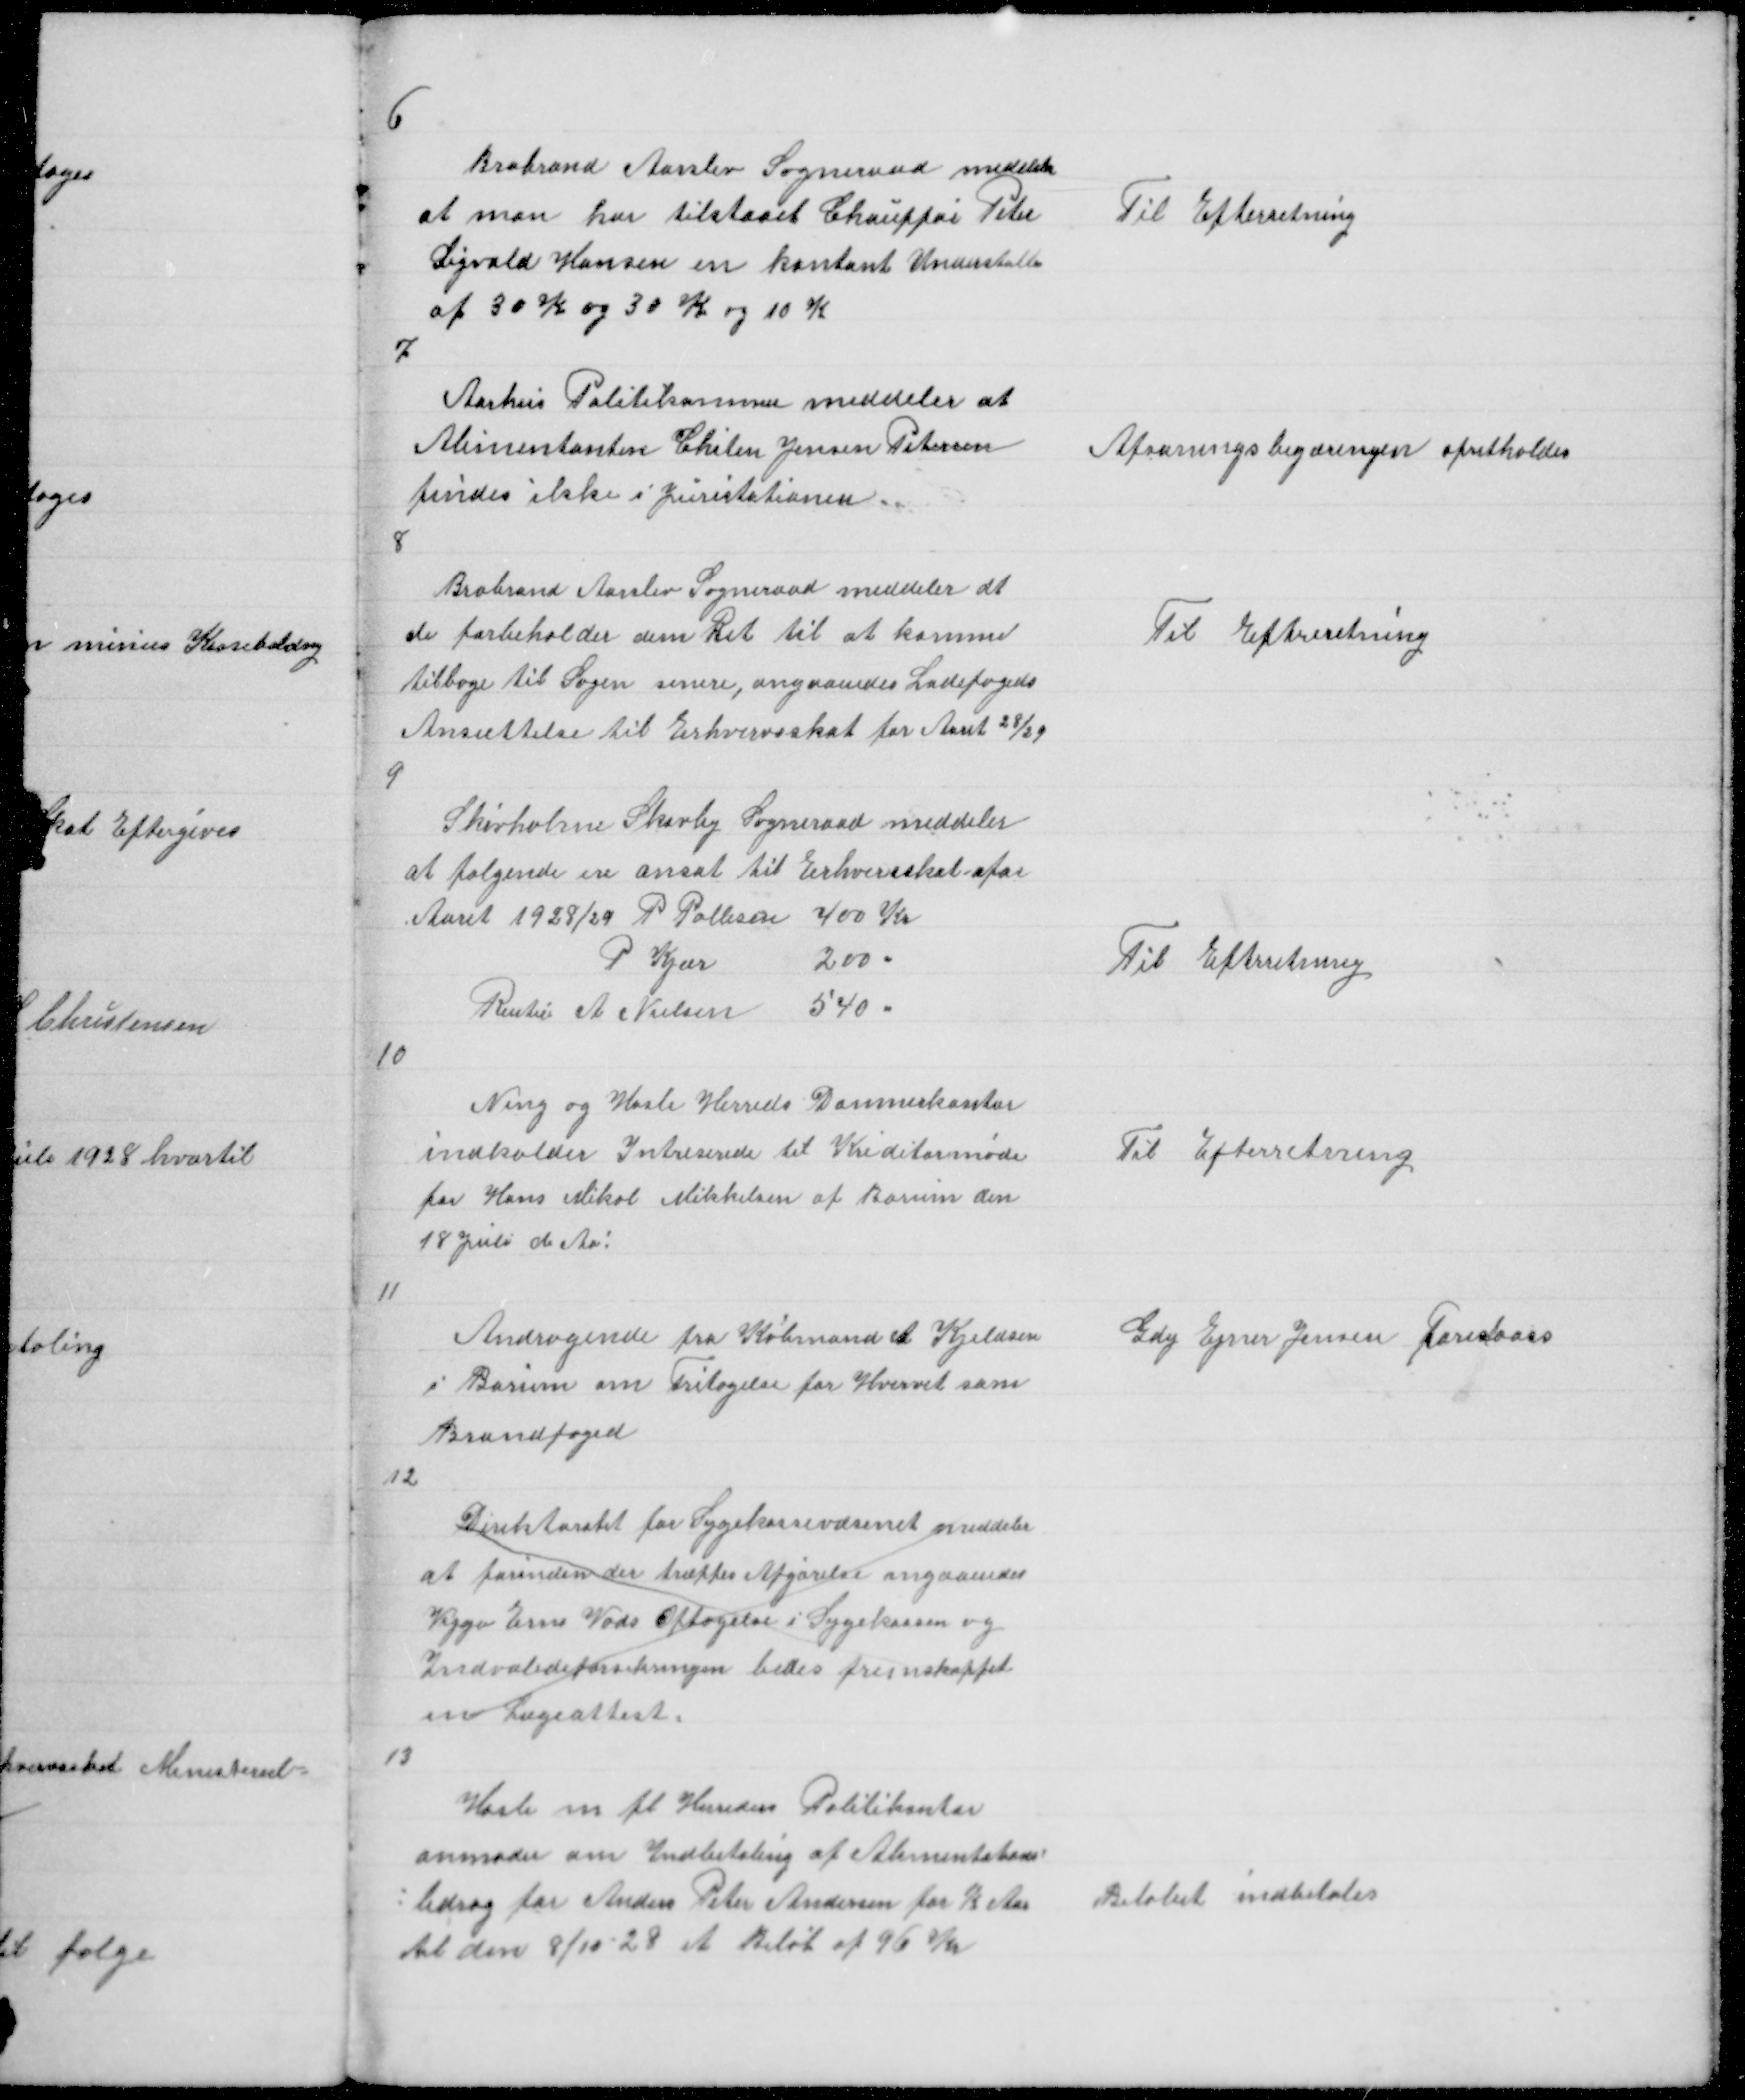
Transskription:
6

Brabrand Aarslev Sogneraad medeler
at man har tilstaaet Chauffør Peter
Sigvald Hansen en kontant Understøtte
af 30 K og 30 K og 10 K

Til Efterretning

7

Aarhus Politikammer meddeler at
Alimentanten Chiten Jensen Petersen
findes ikke i Juristationen.

Afsoningsbegæringen opretholdes

8

Brabrand Aarslev Sogneraad meddeler at
de forbeholder dem Ret til at komme
tilbage til Sagen senere, angaaendes Ladefogeds
Ansættelse til Erhvervsskat for Aaret 28/29

Til Efterretning

9

Skivholme Skovby Sogneraad meddeler
at følgende er ansat til Erhvervsskat for
Aaret 1928/29 P Pallesen 400 Kr
P Kjær
200 "
Rentie A Nielsen 540 "

Til Efterretning

10

Ning og Hasle Herreds Dommerkontor
indkalder Intreserede til Kreditormøde
for Hans Mikal Mikkelsen af Borum den
18 Juli d Aar!

Til Efterretning

11

Andragende fra Købmand A Kjeldsen
i Borum om Fritagelse for Hvervet som
Brandfoged

Gdej Ejner Jensen foreslaaes

12

Direktoratet for Sygekassevæsenet meddeler
at forinden der træffes Afgørelse angaaendes
Viggo Erns Vads Optagelse i Sygekassen og
Indvalideforsikringen bedes fremskaffet
en Lægeattest

13

Hasle m fl Herreders Politikontor
anmoder om Indbetaling af Alimentations =
= bidrag for Anders Peter Andersen for ½ Aar
til den 8/10 - 28 et Beløb af 96 Kr

Beløbet indbetales